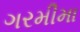
ગરમીમા